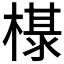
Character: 𰘖